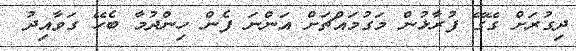
ދިގުރަށް ގޭގޭ ފުރާޅުން މަގުމައްޗަށް އަންނަ ފެން ހިންދުމާ ބެހޭ ގަވާއިދު